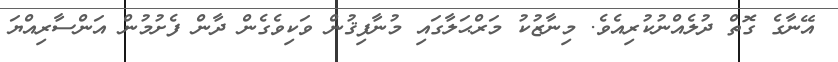
އޭނާގެ ގޮތް ދުލެއްނުކުރިއެވެ. މިނާޒުކު މަރްޙަލާގައި މުނާފިޤުން ވަކިވެގެން ދާން ފެށުމުން އަންސާރިއްޔަ